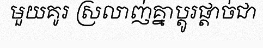
មួយគូរ ស្រលាញ់គ្នាប្តូរផ្តាច់ជា